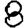
Digit: 8